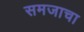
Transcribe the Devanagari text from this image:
समजाचा